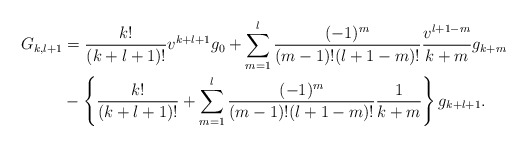
\begin{align*} G_{k,l+1}&=\frac{k!}{(k+l+1)!}v^{k+l+1}g_0+\sum_{m=1}^l\frac{(-1)^m}{(m-1)!(l+1-m)!}\frac{v^{l+1-m}}{k+m}g_{k+m}\\&-\left\{\frac{k!}{(k+l+1)!}+\sum_{m=1}^l\frac{(-1)^m}{(m-1)!(l+1-m)!}\frac{1}{k+m}\right\}g_{k+l+1}.\end{align*}